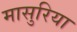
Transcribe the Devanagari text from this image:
मासुरिया